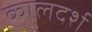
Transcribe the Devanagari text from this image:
कालदर्श